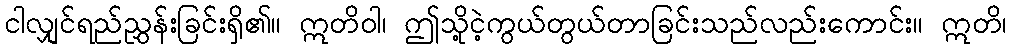
ငါလျှင်ရည်ညွှန်းခြင်းရှိ၏။ ဣတိဝါ၊ ဤသို့ငဲ့ကွယ်တွယ်တာခြင်းသည်လည်းကောင်း။ ဣတိ၊